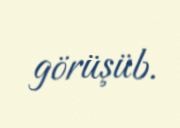
görüşüb.